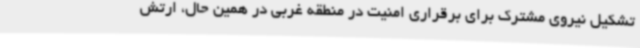
تشکیل نیروی مشترک برای برقراری امنیت در منطقه غربی در همین حال، ارتش